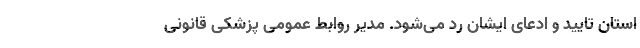
استان تایید و ادعای ایشان رد می‌شود. مدیر روابط عمومی پزشکی قانونی